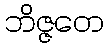
ဘိဇ္ဇတေ